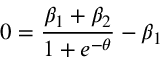
0 = \frac { \beta _ { 1 } + \beta _ { 2 } } { 1 + e ^ { - \theta } } - \beta _ { 1 }